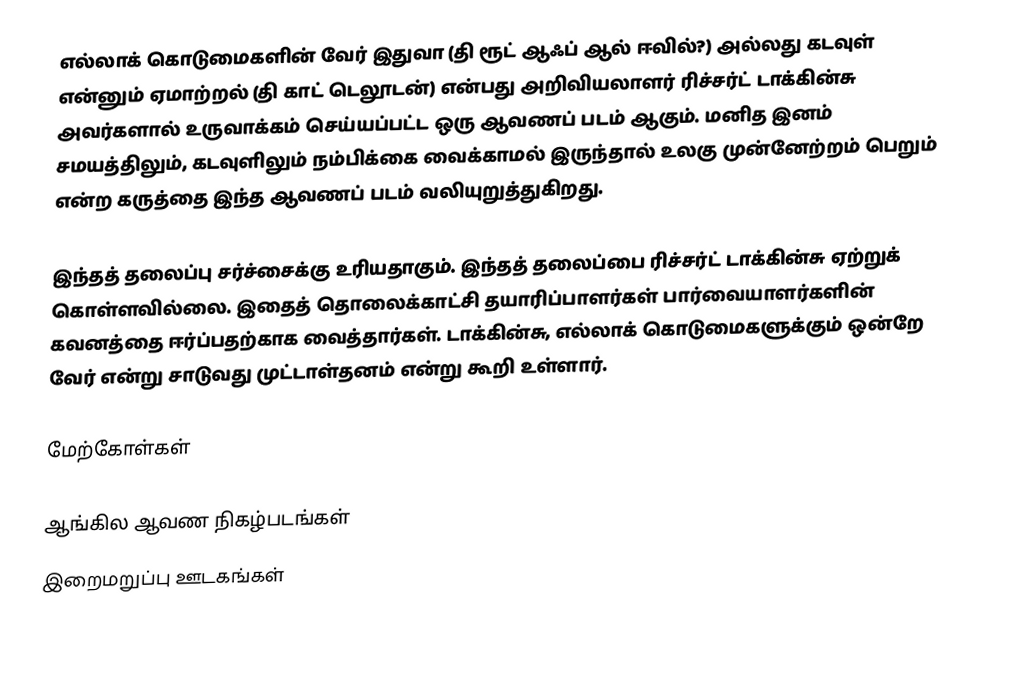
எல்லாக் கொடுமைகளின் வேர் இதுவா (தி ரூட் ஆஃப் ஆல் ஈவில்?)  அல்லது கடவுள் என்னும் ஏமாற்றல் (தி காட் டெலூடன்) என்பது அறிவியலாளர் ரிச்சர்ட் டாக்கின்சு அவர்களால் உருவாக்கம் செய்யப்பட்ட ஒரு ஆவணப் படம் ஆகும்.  மனித இனம் சமயத்திலும், கடவுளிலும் நம்பிக்கை வைக்காமல் இருந்தால் உலகு முன்னேற்றம் பெறும் என்ற கருத்தை இந்த ஆவணப் படம் வலியுறுத்துகிறது.

இந்தத் தலைப்பு சர்ச்சைக்கு உரியதாகும்.  இந்தத் தலைப்பை ரிச்சர்ட் டாக்கின்சு ஏற்றுக் கொள்ளவில்லை.  இதைத் தொலைக்காட்சி தயாரிப்பாளர்கள் பார்வையாளர்களின் கவனத்தை ஈர்ப்பதற்காக வைத்தார்கள்.  டாக்கின்சு, எல்லாக் கொடுமைகளுக்கும் ஒன்றே வேர் என்று சாடுவது முட்டாள்தனம் என்று கூறி உள்ளார்.

மேற்கோள்கள்

ஆங்கில ஆவண நிகழ்படங்கள்
இறைமறுப்பு ஊடகங்கள்